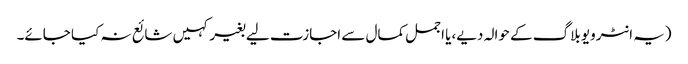
(یہ انٹرویو بلاگ کے حوالہ دیے،یا اجمل کمال سے اجازت لیے بغیر کہیں شائع نہ کیا جائے۔